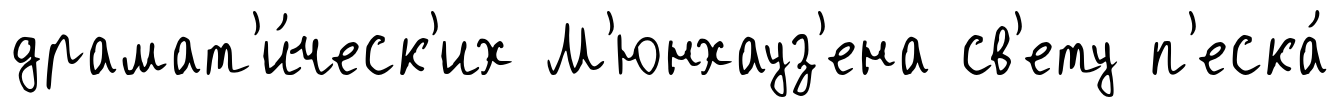
драмат'и́ческ'их М'юнхауз'ена св'ету п'еска́